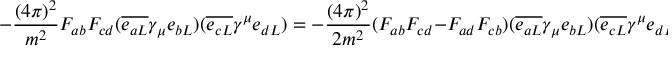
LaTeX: - \frac { ( 4 \pi ) ^ { 2 } } { m ^ { 2 } } F _ { a b } F _ { c d } ( \overline { { { e _ { a L } } } } \gamma _ { \mu } e _ { b L } ) ( \overline { { { e _ { c L } } } } \gamma ^ { \mu } e _ { d L } ) = - \frac { ( 4 \pi ) ^ { 2 } } { 2 m ^ { 2 } } ( F _ { a b } F _ { c d } - F _ { a d } F _ { c b } ) ( \overline { { { e _ { a L } } } } \gamma _ { \mu } e _ { b L } ) ( \overline { { { e _ { c L } } } } \gamma ^ { \mu } e _ { d L } ) \ ,